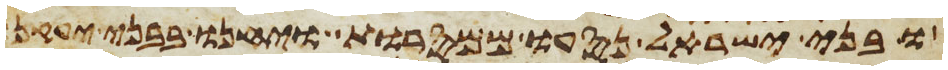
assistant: ובני ישראל נסעו ממסרות ויחנו בבני יעקן